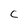
Character: C